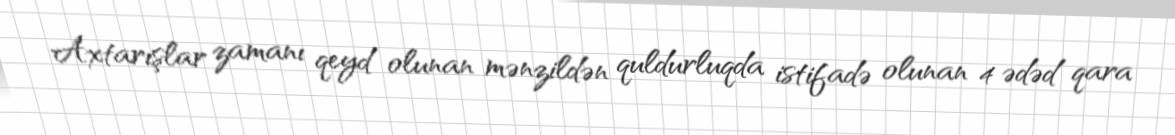
Axtarışlar zamanı qeyd olunan mənzildən quldurluqda istifadə olunan 4 ədəd qara